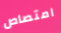
امتصاص